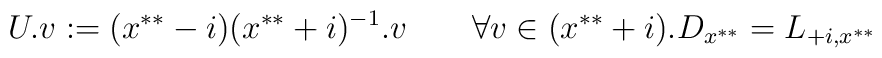
U.v := (x^{**} - i)(x^{**} +i)^{-1}.v \qquad\forall v \in (x^{**}+i).D_{x^{**}} = L_{+i,x^{**}}